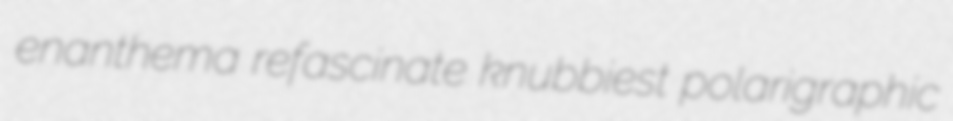
enanthema refascinate knubbiest polarigraphic